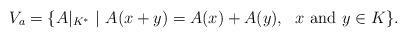
LaTeX: \begin{align*}V_a=\{A |_{K^*} \ | \ A(x+y)=A(x)+A(y), \ \ x\ \textrm{and}\ y\in K\}.\end{align*}